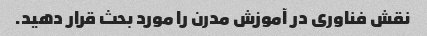
نقش فناوری در آموزش مدرن را مورد بحث قرار دهید.